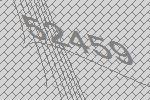
52459